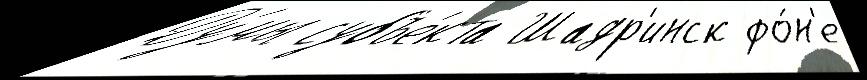
Ду́мы субъе́кта Шадр'инск фо́н'е